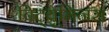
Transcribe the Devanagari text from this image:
बिट्यूमिनस